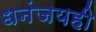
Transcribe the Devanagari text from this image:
धनंजयही